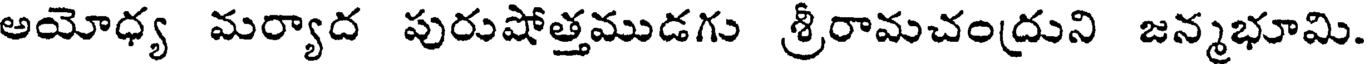
అయోధ్య మర్యాద పురుషోత్తముడగు శ్రీరామచంద్రుని జన్మభూమి.